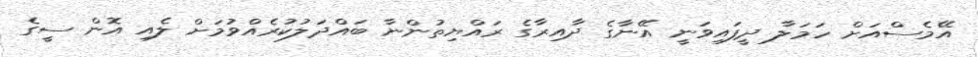
އޭމެސްއަށް ހަމަލާ ދީފައިވަނީ އޭނާގެ ދާއިރާގެ ރައްޔިތުންނާ ބައްދަލުކުރެއްވުމަށް ލެއި އޮން ސީގެ